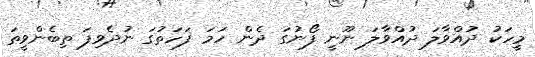
މީހަކު ދުއްވާލަ ދުއްވާލަ ނޫނީ ފޯނުގަ ދެން ހަމަ ފަހަތުގަ ނުދެވިފަ ތިބެންވީތަ